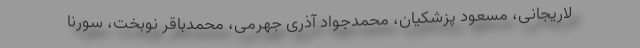
لاریجانی، مسعود پزشکیان، محمدجواد آذری جهرمی، محمدباقر نوبخت، سورنا